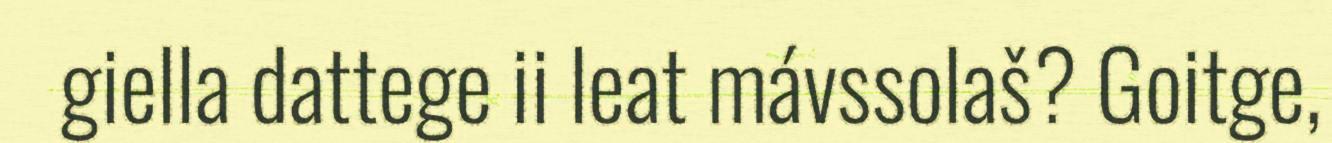
giella dattege ii leat mávssolaš? Goitge,